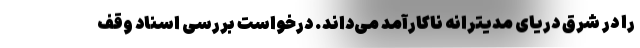
را در شرق دریای مدیترانه ناکارآمد می‌داند. درخواستِ بررسی اسناد وقف